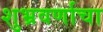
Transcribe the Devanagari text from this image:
शुभ्रवर्णाचा